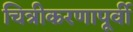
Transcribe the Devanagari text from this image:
चित्रीकरणापूर्वी